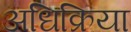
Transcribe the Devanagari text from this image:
अधिक्रिया